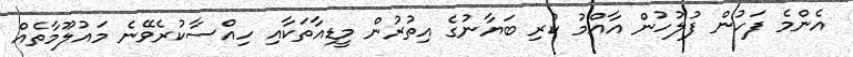
އެންމެ ފަހުން ފުލުހުން އާއްމު ކުރި ބަޔާނުގެ އިތުރުން މީޑިއާތަކާއި ހިއްސާކުރެވޭނެ މައުލޫމާތެއް